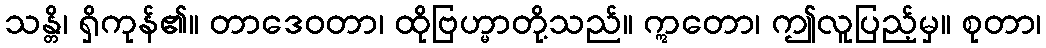
သန္တိ၊ ရှိကုန်၏။ တာဒေဝတာ၊ ထိုဗြဟ္မာတို့သည်။ ဣတော၊ ဤလူပြည့်မှ။ စုတာ၊